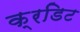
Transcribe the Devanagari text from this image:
क्रडिट